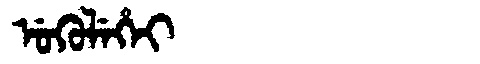
Manchu: ᡠᡴᡠᠯᡝᡥᡝᡳ
Romanization: UKULEHEI